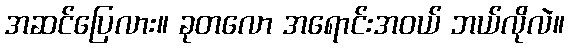
အဆင်ပြေလား။ ခုတလော အရောင်းအဝယ် ဘယ်လိုလဲ။